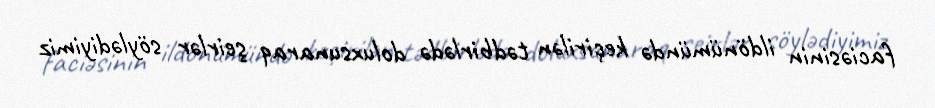
faciəsinin ildönümündə keçirilən tədbirlədə doluxsunaraq şeirlər söylədiyimiz